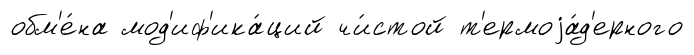
обм'е́на мод'иф'ика́ций чи́стой т'ермоjа́д'ерного